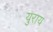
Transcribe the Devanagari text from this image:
युराय